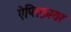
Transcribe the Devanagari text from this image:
ऐंप्लिफ़ायर